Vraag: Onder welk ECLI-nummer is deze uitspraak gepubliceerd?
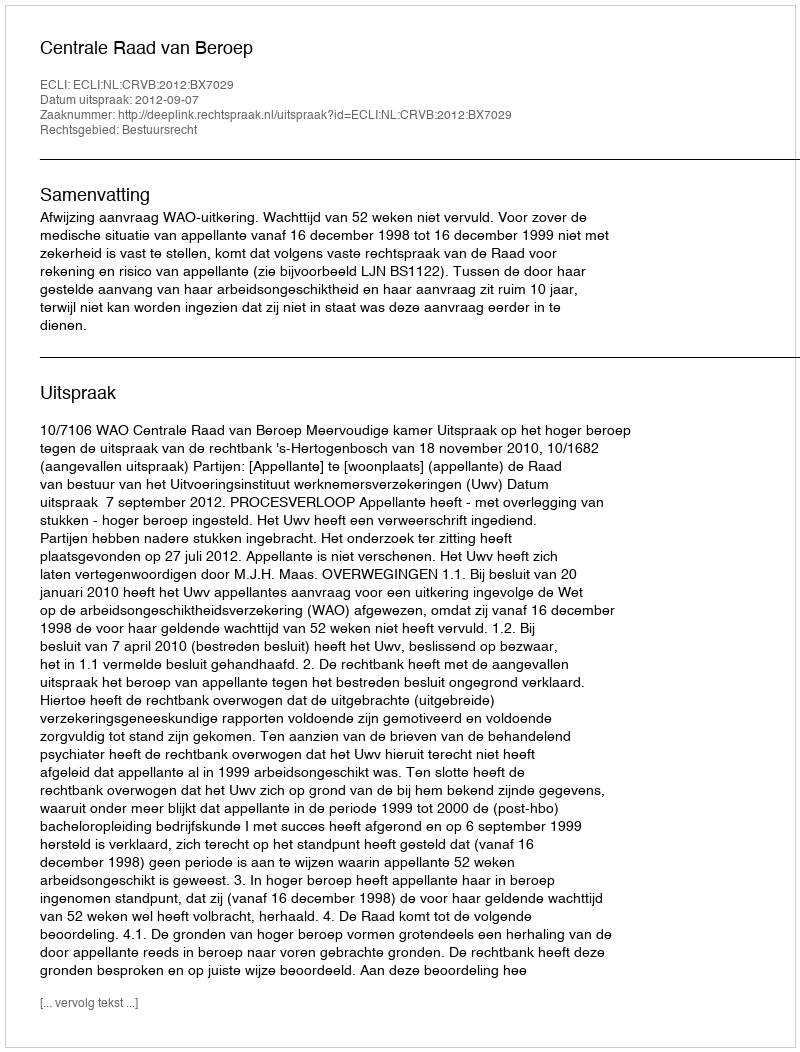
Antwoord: ECLI:NL:CRVB:2012:BX7029